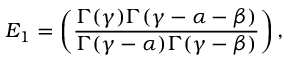
E _ { 1 } = \left( \frac { \Gamma ( \gamma ) \Gamma ( \gamma - \alpha - \beta ) } { \Gamma ( \gamma - \alpha ) \Gamma ( \gamma - \beta ) } \right) ,